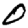
Digit: 0